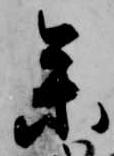
参